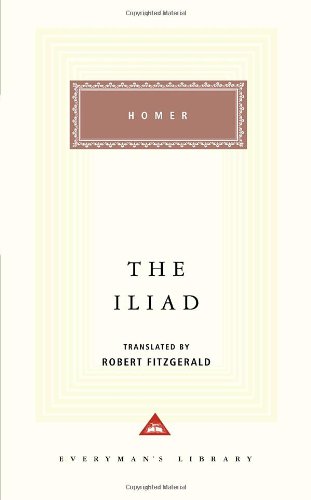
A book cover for The Iliad; Homer; Literature & Fiction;